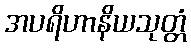
အပရိဟာနိယသုတ္တံ